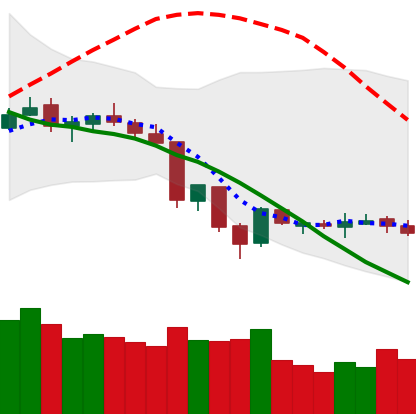
Ticker: XLM-USD
Chart end date: 2018-06-21
Forward return: -18.208%
Label: down_7plus